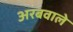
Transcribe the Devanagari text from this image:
अरबवाले